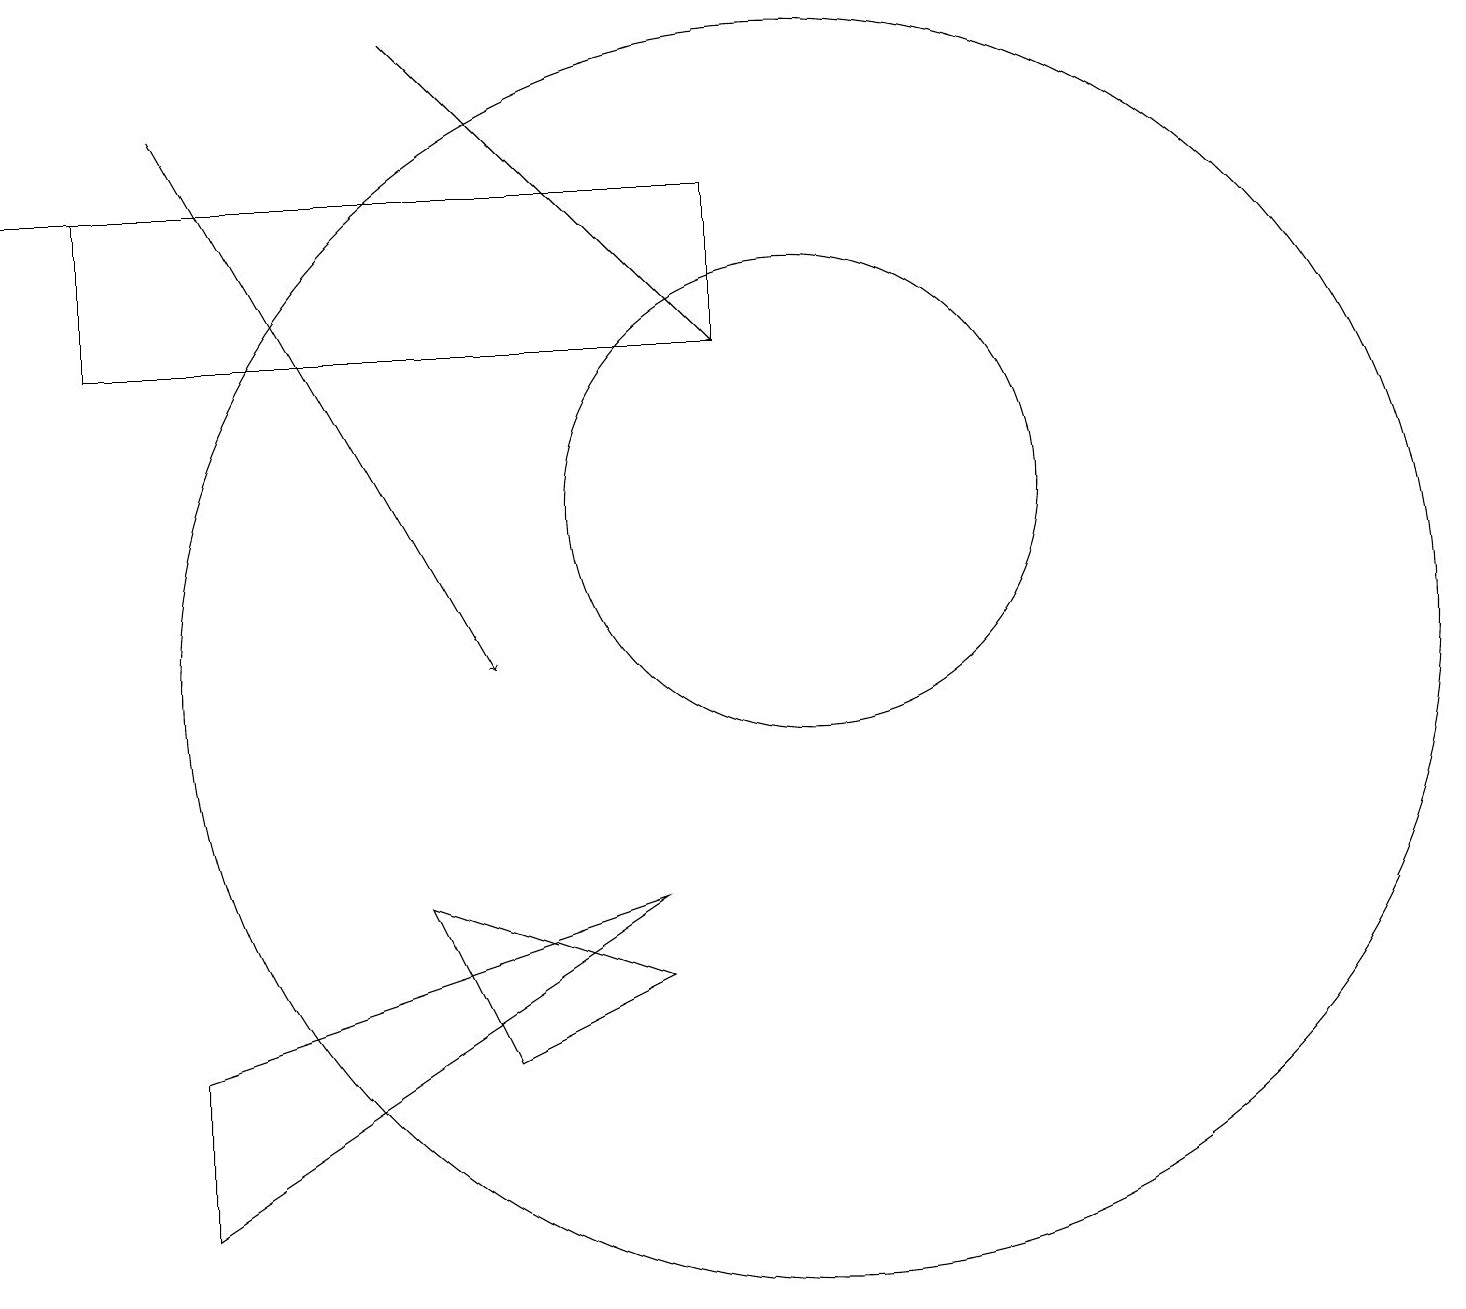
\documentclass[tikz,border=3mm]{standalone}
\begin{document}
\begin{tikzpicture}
\draw (8,6) -- (6,5) -- (5,7) -- cycle;
\draw (10,12) circle (3);
\draw (10,10) circle (8);
\draw (9,16) rectangle (1,14);
\draw[->] (4,16) -- (0,16);
\draw (2,3) -- (8,7) -- (2,5) -- cycle;
\draw[->] (5,18) -- (9,14);
\draw[->] (2,17) -- (6,10);
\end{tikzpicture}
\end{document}